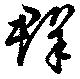
群